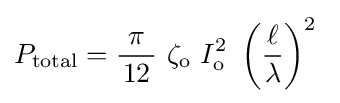
P_{\text{total}}={\frac {\ \pi \ }{12}}\ \zeta _{\mathrm {o} }\ I_{\mathrm {o} }^{2}\ \left({\frac {\ell }{\lambda }}\right)^{2}~